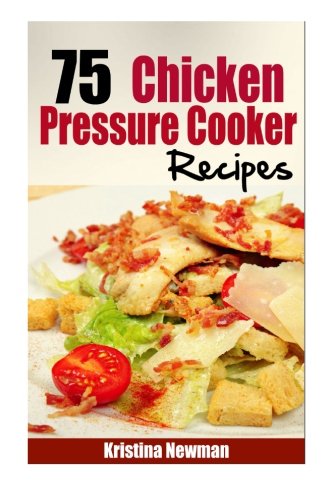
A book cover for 75 chicken Pressure Cooker Recipes: Simple and Delicious Pressure Cooker Recipes; Kristina Newman; Cookbooks, Food & Wine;